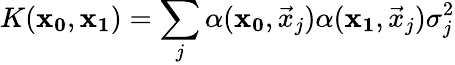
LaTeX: K(\mathbf{x_{0}},\mathbf{x_{1}})=\sum_{j}\alpha(\mathbf{x_{0}},\vec{x}_{j})\alpha(\mathbf{x_{1}},\vec{x}_{j})\sigma_{j}^{2}